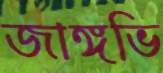
জাঙ্গভি